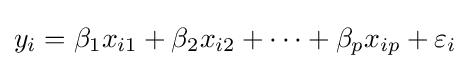
y_{i}=\beta _{1}x_{i1}+\beta _{2}x_{i2}+\cdots +\beta _{p}x_{ip}+\varepsilon _{i}